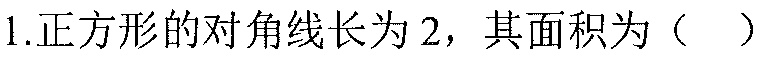
1.正方形的对角线长为2，其面积为（  ）